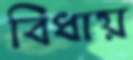
বিধায়